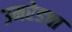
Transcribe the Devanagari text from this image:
उमरेडचा